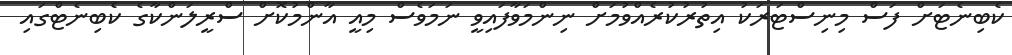
ކެބިނެޓަށް ފަސް މިނިސްޓަރަކު އިތުރުކުރެއްވުމަށް ނިންމަވާފައިވީ ނަމަވެސް މިއީ އާންމުކޮށް ސްރީލަންކާގެ ކެބިނެޓްގައި